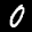
Label: 0